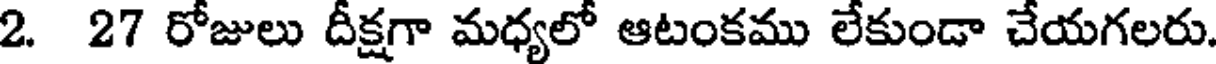
2. 27 రోజులు దీక్షగా మధ్యలో ఆటంకము లేకుండా చేయగలరు.